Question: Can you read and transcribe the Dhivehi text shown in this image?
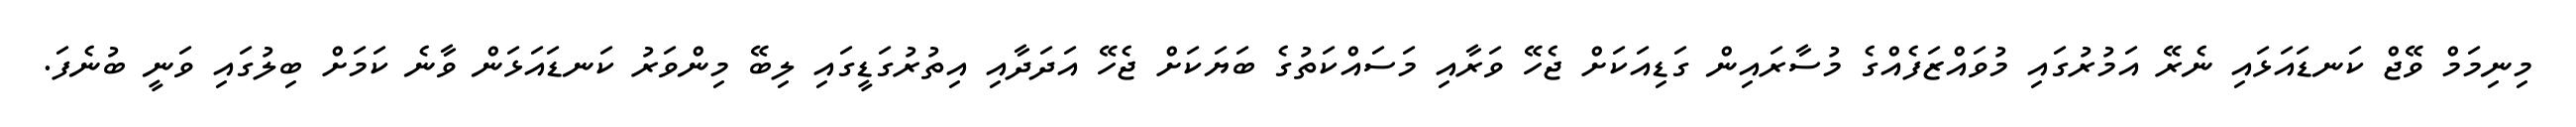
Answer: މިނިމަމް ވޭޖް ކަނޑައަޅައި ނެރޭ އަމުރުގައި މުވައްޒަފެއްގެ މުސާރައިން ގަޑިއަކަށް ޖެހޭ ވަރާއި މަސައްކަތުގެ ބަޔަކަށް ޖެހޭ އަދަދާއި އިތުރުގަޑީގައި ލިބޭ މިންވަރު ކަނޑައަޅަން ވާނެ ކަމަށް ބިލުގައި ވަނީ ބުނެފަ.